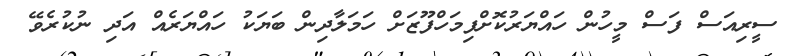
ސީރިއަސް ފަސް މީހުން ހައްޔަރުކޮށްފިމަހްފޫޒަށް ހަމަލާދިން ބަޔަކު ހައްޔަރެއް އަދި ނުކުރެވޭ